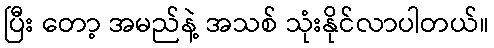
ပြီး တော့ အမည်နဲ့ အသစ် သုံးနိုင်လာပါတယ်။